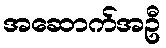
အဆောက်အဦ